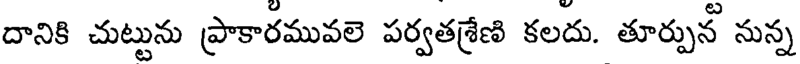
దానికి చుట్టును ప్రాకారమువలె పర్వతశ్రేణి కలదు. తూర్పునీ నున్న